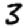
Digit: 3